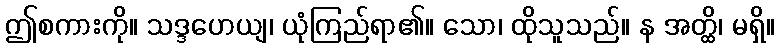
ဤစကားကို။ သဒ္ဒဟေယျ၊ ယုံကြည်ရာ၏။ သော၊ ထိုသူသည်။ န အတ္ထိ၊ မရှိ။